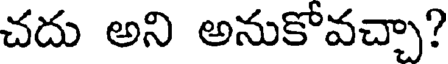
చదు అని అనుకోవచ్చా?